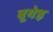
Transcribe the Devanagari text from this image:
बूयेइ